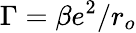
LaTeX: \Gamma=\beta e^{2}/r_{o}